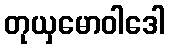
တုယှမောဝါဒေါ